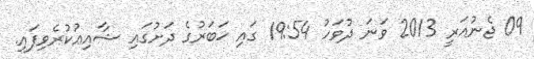
09 ޖެނުއަރީ 2013 ވަނަ ދުވަހު 19:54 ގައި ޚަބަރުގެ ދަށުގައި ޝާއިޢުކުރެވިފައި.